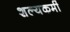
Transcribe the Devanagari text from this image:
शल्यकर्मी